system: You are a helpful assistant.
user:
Analyze the provided spectrum to determine if it is a **Carbon Star (C-type)**.

- **Key Visual Indicators of Carbon Star:**
    - **(Primary):** Strong molecular absorption from **C₂ (diatomic carbon) "Swan Bands."** This is the **defining feature** of a carbon star.
        - **(Key Bandheads):** Sharp absorption edges are visible at approximately $5635$ Å, $5165$ Å (the strongest band), and $4737$ Å.
        - **(Line Profile):** Creates a distinct **"saw-tooth"** pattern. The key morphology is a sharp, steep bandhead on the **red (long-wavelength) side**, which then gradually tapers off (i.e., flux recovers) towards the **blue (short-wavelength) side**. *(This is the direct opposite of the TiO bands seen in M-type stars)*.

    - **(Secondary):** Intense **CN (cyanogen)** molecular absorption bands.
        - **(Key Bandheads):** Located in the blue and violet regions of the spectrum (e.g., near $4215$ Å and $3883$ Å).
        - **(Morphology):** These bands are extremely broad and act as a "blanket," absorbing the vast majority of blue and violet light. This creates a characteristic **"cliff"** or **"steep drop-off"** in the spectrum's flux at short wavelengths.

    - **(Key Confirmation):** Strong **CH absorption band (G-band)**.
        - **(Key Bandhead):** Located around $4300$ Å. The contribution from CH molecules to this band is exceptionally strong.

    - **(Overall Spectrum):**
        - The continuum is severely "chopped up" by these deep molecular bands, especially C₂, rather than appearing as a smooth curve.
        - Due to the heavy CN and C₂ absorption in the blue-green, the vast majority of the star's flux is concentrated in the red part of the spectrum, giving the star its characteristic deep red color.

Think first, call **spectral_visualization_tool** if needed to examine features in detail, then provide your final answer. Your response must adhere to the following strict rules:
1.  **Overall Structure:** Your response must follow the format `<think>...</think> <tool_call>...</tool_call> (if a tool is used) <answer>...</answer>`.
2.  **Tool Usage Constraint:** You may only make **one** tool call per turn.
3.  **Final Answer Format:** In the `<answer>` tag, your conclusion must be inside a `\boxed{}` command (e.g., `\boxed{YES}`), followed by your justification.

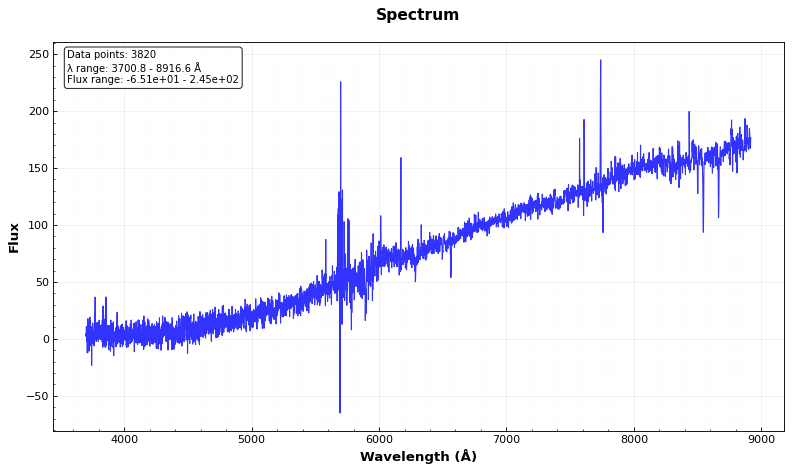
Answer: NO